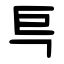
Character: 巪